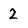
Character: 2